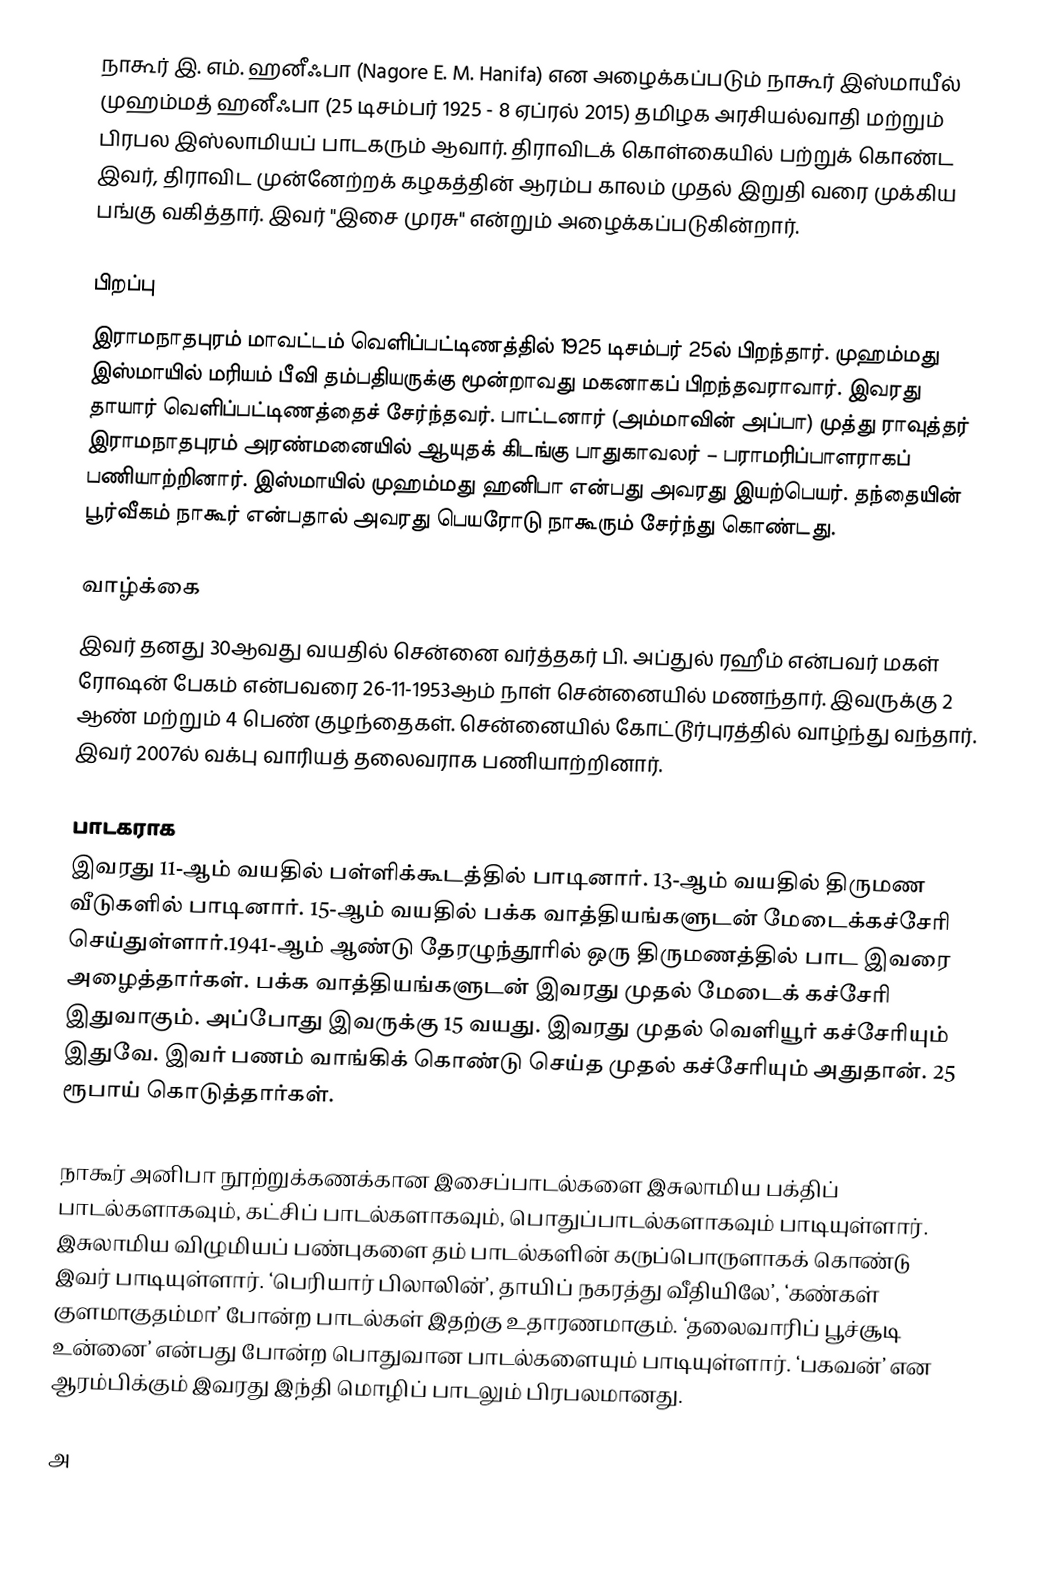
நாகூர் இ. எம். ஹனீஃபா (Nagore E. M. Hanifa) என அழைக்கப்படும் நாகூர் இஸ்மாயீல் முஹம்மத் ஹனீஃபா (25 டிசம்பர் 1925 - 8 ஏப்ரல் 2015) தமிழக அரசியல்வாதி மற்றும் பிரபல இஸ்லாமியப் பாடகரும் ஆவார். திராவிடக் கொள்கையில் பற்றுக் கொண்ட இவர், திராவிட முன்னேற்றக் கழகத்தின் ஆரம்ப காலம் முதல் இறுதி வரை முக்கிய பங்கு வகித்தார். இவர் "இசை முரசு" என்றும் அழைக்கப்படுகின்றார்.

பிறப்பு
இராமநாதபுரம் மாவட்டம்  வெளிப்பட்டிணத்தில்  1925 டிசம்பர் 25ல்  பிறந்தார். முஹம்மது இஸ்மாயில் மரியம் பீவி தம்பதியருக்கு மூன்றாவது மகனாகப் பிறந்தவராவார். இவரது தாயார் வெளிப்பட்டிணத்தைச் சேர்ந்தவர். பாட்டனார் (அம்மாவின் அப்பா) முத்து ராவுத்தர் இராமநாதபுரம் அரண்மனையில் ஆயுதக் கிடங்கு பாதுகாவலர் – பராமரிப்பாளராகப் பணியாற்றினார். இஸ்மாயில் முஹம்மது ஹனிபா என்பது அவரது இயற்பெயர். தந்தையின் பூர்வீகம் நாகூர் என்பதால் அவரது பெயரோடு நாகூரும் சேர்ந்து கொண்டது.

வாழ்க்கை
இவர் தனது 30ஆவது வயதில் சென்னை வர்த்தகர் பி. அப்துல் ரஹீம் என்பவர் மகள் ரோஷன் பேகம் என்பவரை 26-11-1953ஆம் நாள் சென்னையில் மணந்தார். இவருக்கு 2 ஆண் மற்றும் 4 பெண் குழந்தைகள். சென்னையில் கோட்டூர்புரத்தில் வாழ்ந்து வந்தார். இவர் 2007ல் வக்பு வாரியத் தலைவராக பணியாற்றினார்.

பாடகராக
இவரது 11-ஆம் வயதில் பள்ளிக்கூடத்தில் பாடினார். 13-ஆம் வயதில் திருமண வீடுகளில் பாடினார். 15-ஆம் வயதில் பக்க வாத்தியங்களுடன் மேடைக்கச்சேரி செய்துள்ளார்.1941-ஆம் ஆண்டு தேரழுந்தூரில் ஒரு திருமணத்தில் பாட இவரை அழைத்தார்கள். பக்க வாத்தியங்களுடன் இவரது முதல் மேடைக் கச்சேரி இதுவாகும். அப்போது இவருக்கு 15 வயது. இவரது முதல் வெளியூர் கச்சேரியும் இதுவே. இவர் பணம் வாங்கிக் கொண்டு செய்த முதல் கச்சேரியும் அதுதான். 25 ரூபாய் கொடுத்தார்கள்.

நாகூர் அனிபா  நூற்றுக்கணக்கான இசைப்பாடல்களை இசுலாமிய பக்திப் பாடல்களாகவும், கட்சிப் பாடல்களாகவும், பொதுப்பாடல்களாகவும் பாடியுள்ளார். இசுலாமிய விழுமியப் பண்புகளை தம் பாடல்களின் கருப்பொருளாகக் கொண்டு இவர் பாடியுள்ளார். ‘பெரியார் பிலாலின்’, தாயிப் நகரத்து வீதியிலே’, ‘கண்கள் குளமாகுதம்மா’ போன்ற பாடல்கள் இதற்கு உதாரணமாகும். ‘தலைவாரிப் பூச்சூடி உன்னை’ என்பது போன்ற பொதுவான பாடல்களையும் பாடியுள்ளார். ‘பகவன்’ என ஆரம்பிக்கும் இவரது இந்தி மொழிப் பாடலும் பிரபலமானது.

அ